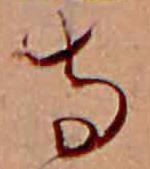
寺